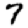
Digit: 7